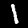
Label: 1